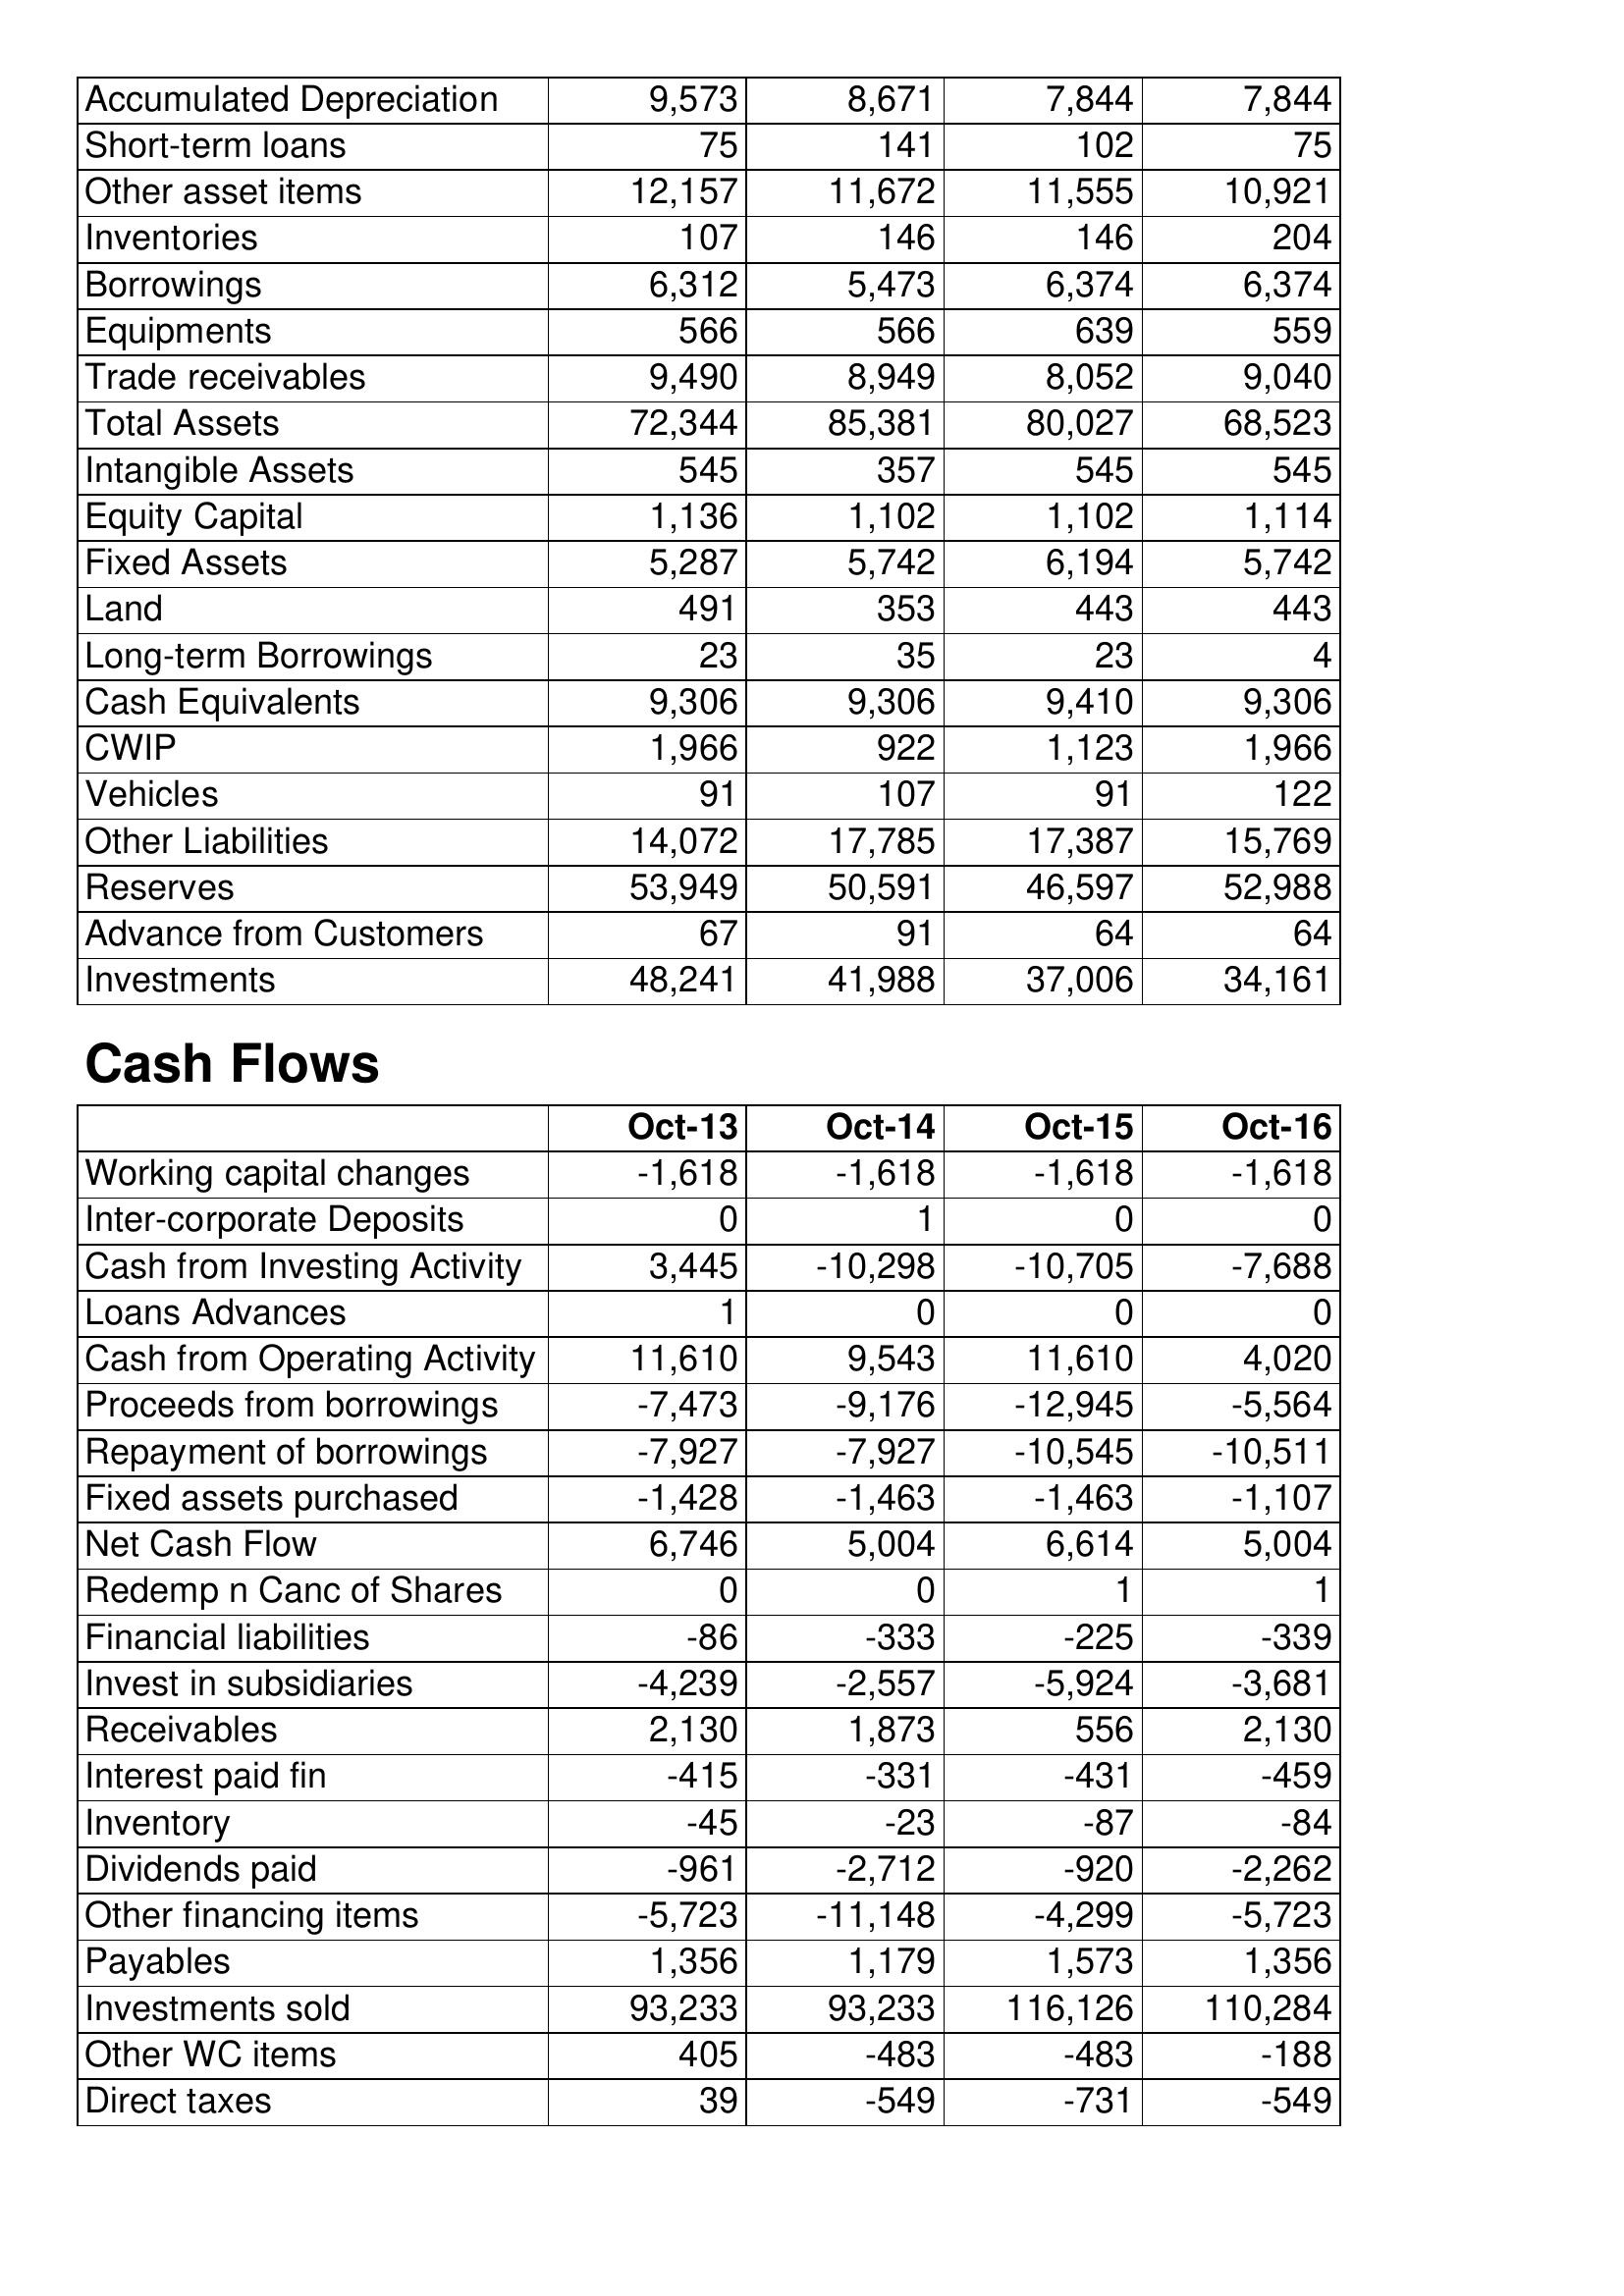
Oct-13: Balance Sheet: Accumulated Depreciation: 9,573
Short-term loans: 75
Other asset items: 12,157
Inventories: 107
Borrowings: 6,312
Equipments: 566
Trade receivables: 9,490
Total Assets: 72,344
Intangible Assets: 545
Equity Capital: 1,136
Fixed Assets: 5,287
Land: 491
Long-term Borrowings: 23
Cash Equivalents: 9,306
CWIP: 1,966
Vehicles: 91
Other Liabilities: 14,072
Reserves: 53,949
Advance from Customers: 67
Investments: 48,241
Cash Flows: Working capital changes: -1,618
Inter-corporate Deposits: 0
Cash from Investing Activity: 3,445
Loans Advances: 1
Cash from Operating Activity: 11,610
Proceeds from borrowings: -7,473
Repayment of borrowings: -7,927
Fixed assets purchased: -1,428
Net Cash Flow: 6,746
Redemp n Canc of Shares: 0
Financial liabilities: -86
Invest in subsidiaries: -4,239
Receivables: 2,130
Interest paid fin: -415
Inventory: -45
Dividends paid: -961
Other financing items: -5,723
Payables: 1,356
Investments sold: 93,233
Other WC items: 405
Direct taxes: 39
Oct-14: Balance Sheet: Accumulated Depreciation: 8,671
Short-term loans: 141
Other asset items: 11,672
Inventories: 146
Borrowings: 5,473
Equipments: 566
Trade receivables: 8,949
Total Assets: 85,381
Intangible Assets: 357
Equity Capital: 1,102
Fixed Assets: 5,742
Land: 353
Long-term Borrowings: 35
Cash Equivalents: 9,306
CWIP: 922
Vehicles: 107
Other Liabilities: 17,785
Reserves: 50,591
Advance from Customers: 91
Investments: 41,988
Cash Flows: Working capital changes: -1,618
Inter-corporate Deposits: 1
Cash from Investing Activity: -10,298
Loans Advances: 0
Cash from Operating Activity: 9,543
Proceeds from borrowings: -9,176
Repayment of borrowings: -7,927
Fixed assets purchased: -1,463
Net Cash Flow: 5,004
Redemp n Canc of Shares: 0
Financial liabilities: -333
Invest in subsidiaries: -2,557
Receivables: 1,873
Interest paid fin: -331
Inventory: -23
Dividends paid: -2,712
Other financing items: -11,148
Payables: 1,179
Investments sold: 93,233
Other WC items: -483
Direct taxes: -549
Oct-15: Balance Sheet: Accumulated Depreciation: 7,844
Short-term loans: 102
Other asset items: 11,555
Inventories: 146
Borrowings: 6,374
Equipments: 639
Trade receivables: 8,052
Total Assets: 80,027
Intangible Assets: 545
Equity Capital: 1,102
Fixed Assets: 6,194
Land: 443
Long-term Borrowings: 23
Cash Equivalents: 9,410
CWIP: 1,123
Vehicles: 91
Other Liabilities: 17,387
Reserves: 46,597
Advance from Customers: 64
Investments: 37,006
Cash Flows: Working capital changes: -1,618
Inter-corporate Deposits: 0
Cash from Investing Activity: -10,705
Loans Advances: 0
Cash from Operating Activity: 11,610
Proceeds from borrowings: -12,945
Repayment of borrowings: -10,545
Fixed assets purchased: -1,463
Net Cash Flow: 6,614
Redemp n Canc of Shares: 1
Financial liabilities: -225
Invest in subsidiaries: -5,924
Receivables: 556
Interest paid fin: -431
Inventory: -87
Dividends paid: -920
Other financing items: -4,299
Payables: 1,573
Investments sold: 116,126
Other WC items: -483
Direct taxes: -731
Oct-16: Balance Sheet: Accumulated Depreciation: 7,844
Short-term loans: 75
Other asset items: 10,921
Inventories: 204
Borrowings: 6,374
Equipments: 559
Trade receivables: 9,040
Total Assets: 68,523
Intangible Assets: 545
Equity Capital: 1,114
Fixed Assets: 5,742
Land: 443
Long-term Borrowings: 4
Cash Equivalents: 9,306
CWIP: 1,966
Vehicles: 122
Other Liabilities: 15,769
Reserves: 52,988
Advance from Customers: 64
Investments: 34,161
Cash Flows: Working capital changes: -1,618
Inter-corporate Deposits: 0
Cash from Investing Activity: -7,688
Loans Advances: 0
Cash from Operating Activity: 4,020
Proceeds from borrowings: -5,564
Repayment of borrowings: -10,511
Fixed assets purchased: -1,107
Net Cash Flow: 5,004
Redemp n Canc of Shares: 1
Financial liabilities: -339
Invest in subsidiaries: -3,681
Receivables: 2,130
Interest paid fin: -459
Inventory: -84
Dividends paid: -2,262
Other financing items: -5,723
Payables: 1,356
Investments sold: 110,284
Other WC items: -188
Direct taxes: -549